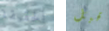
الحقيقة قبل